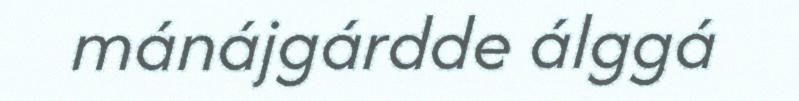
mánájgárdde álggá